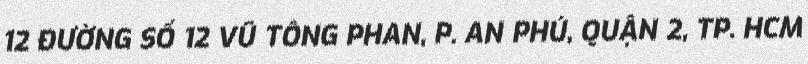
12 ĐƯỜNG SỐ 12 VŨ TÔNG PHAN, P. AN PHÚ, QUẬN 2, TP. HCM